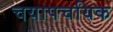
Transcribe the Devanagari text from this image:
चयापचयिक